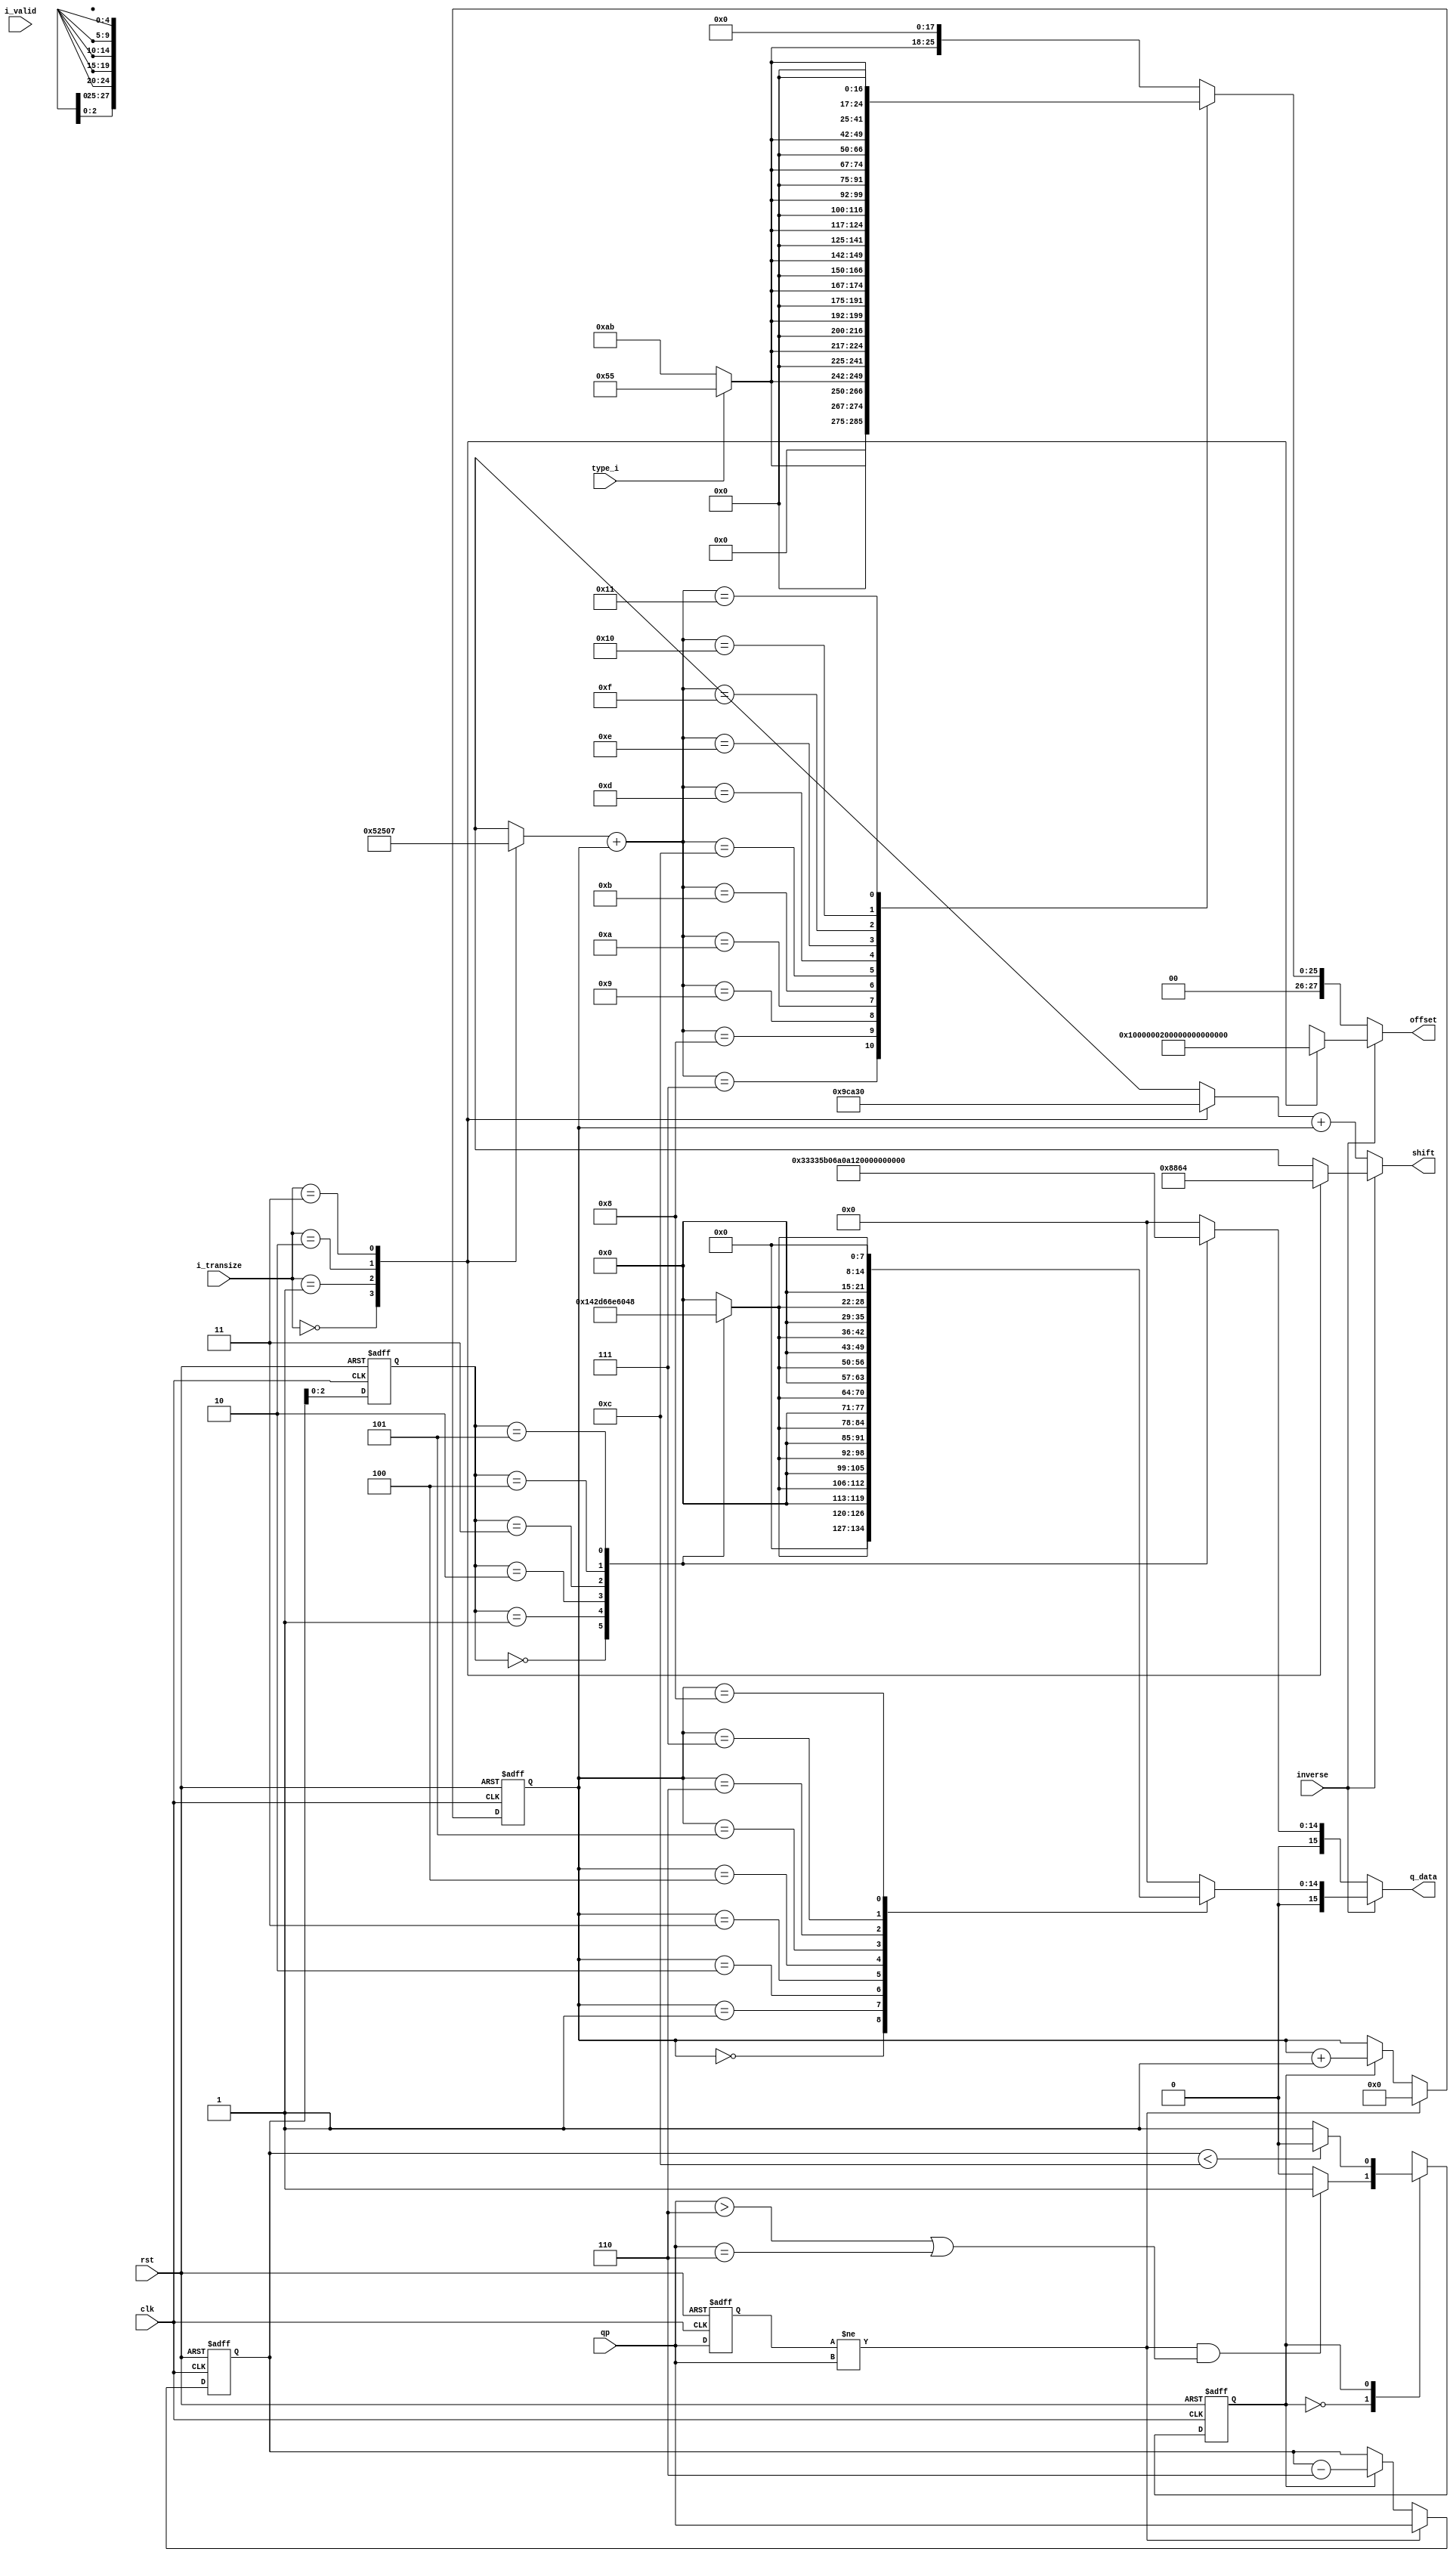
module mod(
       clk       ,
       rst       ,
       type_i      ,
       qp        ,
       i_valid   ,
       inverse   ,
       i_transize,
        
       q_data         ,
       offset    ,
       shift
);

// ****************************************************************
//
//	INPUT / OUTPUT DECLARATION
//
// ****************************************************************  

input                              clk;
input                              rst;
input                             type_i;
input                          i_valid;
input                          inverse;
input    [1:0]              i_transize;
input    [5:0]                      qp;   

output reg  signed [15:0]            q_data;
output reg  signed [27:0]       offset;
output reg  [4:0]                shift;

// ****************************************************************
//
//	REG  DECLARATION
//
// **************************************************************** 

reg    [5:0]           opi;
reg                  state;
reg             next_state;

reg  [2:0]              q; // nQpMod6
reg  [3:0]              p; // nQpDiv6

reg    [5:0]           qp_r;

// ********************************************
//                                             
//    PARAMETER DECLARATION                                               
//                                                                             
// ********************************************

parameter            DCT_4=2'b00;
parameter            DCT_8=2'b01;
parameter           DCT_16=2'b10;
parameter           DCT_32=2'b11;
parameter              IDLE=1'b0;
parameter               MODE_STATE=1'b1;


// ****************************************************************
//
//	COMBINATIONAL LOGIC
//
// ****************************************************************

always @ ( posedge clk or negedge rst ) begin 
  if ( !rst ) 
    qp_r <= 0 ;
  else 
    qp_r <= qp ;
end 

always@(*) begin 
    next_state=IDLE;
    case(state)
      IDLE:
        if((qp_r != qp)&&(qp>6 || qp==6))
          next_state=MODE_STATE;
        else
          next_state=IDLE;
      MODE_STATE:
        if(opi<6+6)
          next_state=IDLE;
        else
          next_state=MODE_STATE;
    endcase
end      
// ****************************************************************
//
//	SEUENTIAL LOGIC
//
// ****************************************************************

always @(posedge clk or negedge rst)
  begin
    if(~rst)
      state  <= IDLE;
    else
      state  <=  next_state;
  end

always @ ( posedge clk or negedge rst ) begin 
  if ( !rst )
    p <= 0;
  else if ( qp_r != qp ) // initial p
    p <= 0;
  else if (state == MODE_STATE )
    p <= p + 1 ;
end 

always @ ( posedge clk or negedge rst ) begin 
  if ( !rst ) 
    opi <= 0;
  else if ( qp_r != qp ) // initial opi
    opi <= qp ;
  else if ( state == MODE_STATE )
    opi <= opi-6;
end 

always @ ( posedge clk or negedge rst ) begin 
  if ( !rst ) 
    q <= 0;
  else  
    q <= opi[2:0] ; 
end 

//-----------------------------------------//
wire   [8:0]  data_mux_type      ;
reg    [4:0]  shift_size_mux_0   ;
wire   [4:0]  shift_size_0       ;
reg    [4:0]  shift_mux_n        ;
wire   [4:0]  shift_n            ;
reg    [27:0] data_mux_type_shift;
reg    [6:0]  data_mux           ;
reg    [15:0] data_mux_shift     ;

assign data_mux_type = type_i ? 9'd85 : 9'd171;

always @(*)
begin
case(i_transize)
	DCT_4:
	begin
	  	shift_size_mux_0 =5'd10;
	  	shift_mux_n=5'd19;
	end
	DCT_8:
	begin
	 	shift_size_mux_0 =5'd9;
	  	shift_mux_n=5'd18;
	end
  	DCT_16:
	begin
	 	shift_size_mux_0 =5'd8;
	  	shift_mux_n=5'd17;
	end	
  	DCT_32:
	begin
	 	shift_size_mux_0 =5'd7;
	  	shift_mux_n=5'd16;
	end	  
endcase
end 

assign  shift_n      =  shift_mux_n + p;
assign  shift_size_0 = shift_size_mux_0 + p;

always @(*)
begin
case(shift_size_0)
	5'd7    :data_mux_type_shift =  {12'd0,data_mux_type,7'd0};
	5'd8    :data_mux_type_shift =  {11'd0,data_mux_type,8'd0};
	5'd9    :data_mux_type_shift =  {10'd0,data_mux_type,9'd0};
	5'd10   :data_mux_type_shift =  {9'd0,data_mux_type,10'd0};
	5'd11   :data_mux_type_shift =  {8'd0,data_mux_type,11'd0};
	5'd12   :data_mux_type_shift =  {7'd0,data_mux_type,12'd0};
	5'd13   :data_mux_type_shift =  {6'd0,data_mux_type,13'd0};
	5'd14   :data_mux_type_shift =  {5'd0,data_mux_type,14'd0};
	5'd15   :data_mux_type_shift =  {4'd0,data_mux_type,15'd0};
	5'd16   :data_mux_type_shift =  {3'd0,data_mux_type,16'd0};
	5'd17   :data_mux_type_shift =  {2'd0,data_mux_type,17'd0};
	default :data_mux_type_shift =  {1'd0,data_mux_type,18'd0};
endcase
end 
 
always@(*) begin 
shift  = 0;
offset  = 0;
if(!inverse)
	begin
		shift  = shift_n;
		offset  = data_mux_type_shift;
	end 
/*
case(i_transize)
	DCT_4:begin
	  shift<=19+p;
	  offset<= data_mux_type_shift;//offset<=type?(9'd85<<<(10+p)):(9'd171<<<(10+p));
	  end
	DCT_8:begin
	  shift<=18+p;
	  offset<= data_mux_type_shift;//offset<=type?(9'd85<<<(9+p)):(9'd171<<<(9+p));
	  end
  	DCT_16:begin
	  shift<=17+p;
	  offset<= data_mux_type_shift;//offset<=type?(9'd85<<<(8+p)):(9'd171<<<(8+p));
	  end	
  	DCT_32:begin
	  shift<=16+p;
	  offset<= data_mux_type_shift;//offset<=type?(9'd85<<<(7+p)):(9'd171<<<(7+p));
	  end	  
endcase
*/
else
case(i_transize)
	DCT_4:
	begin
	  	shift =3'd1;
	  	offset =5'd1;
	end
	DCT_8:
	begin
	  	shift =3'd2;
	  	offset =5'd2;
	end
  	DCT_16:
	begin
	  	shift =3'd3;
	  	offset =5'd4;
	end	
  	DCT_32:
	begin
	  	shift =3'd4;
	  	offset =5'd8;
	end	 
endcase

end 

always @(*)
begin
case(q)
  3'd0:   data_mux= 7'd40;
  3'd1:   data_mux= 7'd45;
  3'd2:   data_mux= 7'd51;
  3'd3:   data_mux= 7'd57;
  3'd4:   data_mux= 7'd64;
  3'd5:   data_mux= 7'd72;
  default:data_mux= 7'd0;
endcase
end 

always @(*)
begin
case(p)
	4'd0   :data_mux_shift = {9'd0,data_mux};
	4'd1   :data_mux_shift = {8'd0,data_mux,1'd0};
	4'd2   :data_mux_shift = {7'd0,data_mux,2'd0};
	4'd3   :data_mux_shift = {6'd0,data_mux,3'd0};
	4'd4   :data_mux_shift = {5'd0,data_mux,4'd0};
	4'd5   :data_mux_shift = {4'd0,data_mux,5'd0};
	4'd6   :data_mux_shift = {3'd0,data_mux,6'd0};
	4'd7   :data_mux_shift = {2'd0,data_mux,7'd0};
	4'd8   :data_mux_shift = {1'd0,data_mux,8'd0};
	default:data_mux_shift = 16'd0;
endcase
end 

always@(*)
begin
if(!inverse)
case(q)
  	3'd0:q_data=16'd26214;
  	3'd1:q_data=16'd23302;
  	3'd2:q_data=16'd20560;
  	3'd3:q_data=16'd18396;
  	3'd4:q_data=16'd16384;
  	3'd5:q_data=16'd14564;
  	default:q_data=16'd0;
endcase
else
	q_data = data_mux_shift;
end
/*
always@(*)
if(!inverse)
case(q)
  3'd0:q_data=16'd26214;
  3'd1:q_data=16'd23302;
  3'd2:q_data=16'd20560;
  3'd3:q_data=16'd18396;
  3'd4:q_data=16'd16384;
  3'd5:q_data=16'd14564;
  default:q_data=16'd0;
endcase
else
case(q)
  3'd0:q_data=(16'd40<<<p);
  3'd1:q_data=(16'd45<<<p);
  3'd2:q_data=(16'd51<<<p);
  3'd3:q_data=(16'd57<<<p);
  3'd4:q_data=(16'd64<<<p);
  3'd5:q_data=(16'd72<<<p);
  default:q_data=16'd0;
endcase
*/
endmodule